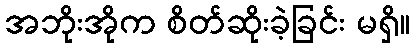
အဘိုးအိုက စိတ်ဆိုးခဲ့ခြင်း မရှိ။